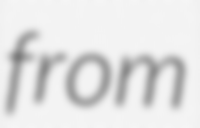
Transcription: from